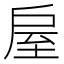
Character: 𢩈